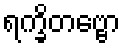
ရက္ခိတဗ္ဗော